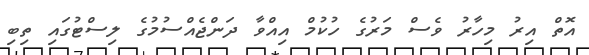
އޮތް އިރު މިހާރު ވެސް މަރުގެ ހުކުމް އިއްވާ ދަންޖެއްސުމުގެ ލިސްޓުގައި ތިބި